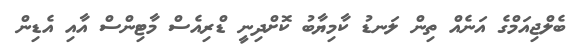
ބެލްޖިއަމްގެ އަނެއް ތިން ލަނޑު ކާމިޔާބު ކޮށްދިނީ ޑްރިއެސް މާޓިންސް އާއި އެޑިން